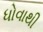
ધોવાથી